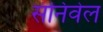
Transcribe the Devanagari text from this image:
संनिवेल